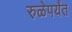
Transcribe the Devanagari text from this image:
रुळेपर्यंत